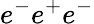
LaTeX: e^{-}e^{+}e^{-}